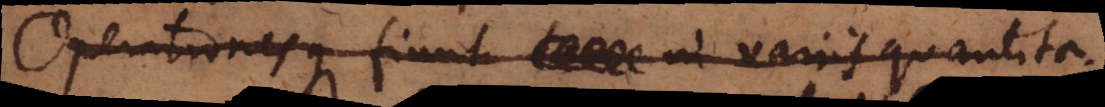
Operationes finn in va quantita